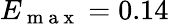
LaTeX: E_{\mathrm{~m~a~x~}}=0.14